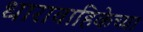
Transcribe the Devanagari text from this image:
धारावाहिकेच्या